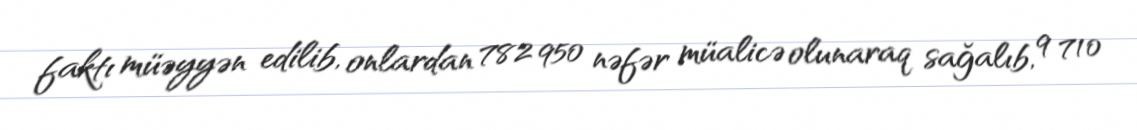
faktı müəyyən edilib, onlardan 782 950 nəfər müalicə olunaraq sağalıb, 9 710